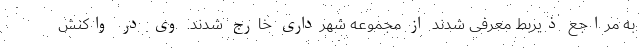
به مراجع ذیربط معرفی شدند از مجموعه شهرداری خارج شدند. وی در واکنش